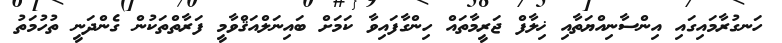
ހަނގުރާމައިގައި އިންސާނިއްޔަތާއި ޚިލާފް ޖަރީމާތައް ހިންގާފައިވާ ކަމަށް ބައިނަލްއަޤްވާމީ ފަރާތްތަކުން ގެންދަނީ ތުހުމަތު